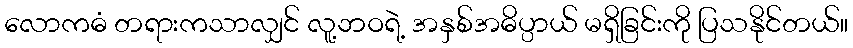
လောကဓံ တရားကသာလျှင် လူ့ဘဝရဲ့ အနှစ်အဓိပ္ပာယ် မရှိခြင်းကို ပြသနိုင်တယ်။